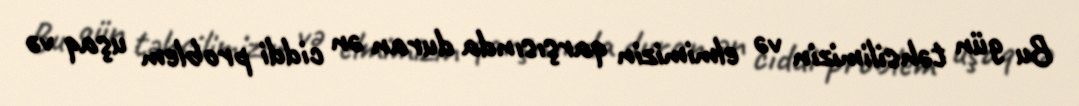
Bu gün təhsilimizin və elmimizin qarşısında duran ən ciddi problem uşaq və